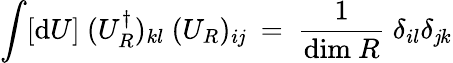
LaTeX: \int[\mathrm{d}U]~(U_{R}^{\dagger})_{kl}~(U_{R})_{i\mathit{j}}~=~\frac{{1}}{{\mathrm{{\mathrm{d}im}}~R}}~\delta_{il}\delta_{\mathit{j}k}